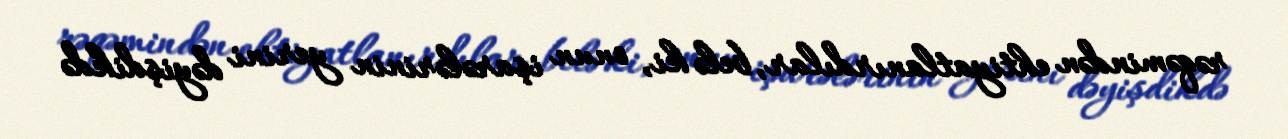
rəqəmindən ehtiyatlanırdılar, belə ki, onun işarələrinin yerini dəyişdikdə